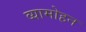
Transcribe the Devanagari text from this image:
व्यामोहन